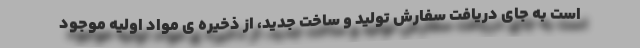
است به جای دریافت سفارش تولید و ساخت جدید، از ذخیره ی مواد اولیه موجود